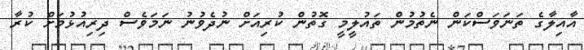
އާއިލާގެ ތަނަަވަސްކަން ނެތުމުން ތައުލީމީ ގޮތުން ކުރިއަށް ނުދެވުނު ނަމަވެސް ދިރިއުޅުމަށް ކުރާ